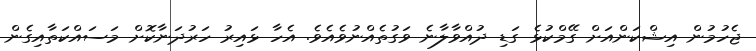
ޖެހުމުން އިޝްކަންއަށް ގޭމްކުޅެ ގަޑި ދުއްވާލާނެ ވަގުތެއްނުވެއެވެ. އެހާ ޅައިރު ހަރުދަނާކޮށް މަސައްކަތާއިގެން